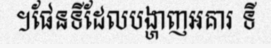
។ផែនទីដែលបង្ហាញអគារ ទី